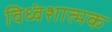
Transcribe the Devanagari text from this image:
विध्वंशात्मक